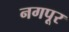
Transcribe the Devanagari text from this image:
नगपूर